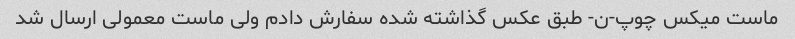
ماست میکس چوپ-ن- طبق عکس گذاشته شده سفارش دادم ولی ماست معمولی ارسال شد